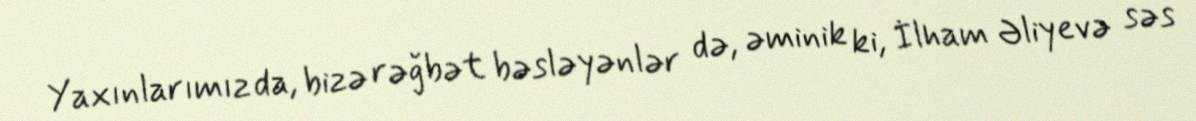
Yaxınlarımız da, bizə rəğbət bəsləyənlər də, əminik ki, İlham Əliyevə səs